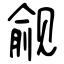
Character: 觎